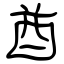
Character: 酋